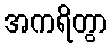
အကရိတွာ